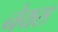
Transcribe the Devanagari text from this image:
नेयस